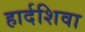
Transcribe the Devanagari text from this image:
हार्दशिवा